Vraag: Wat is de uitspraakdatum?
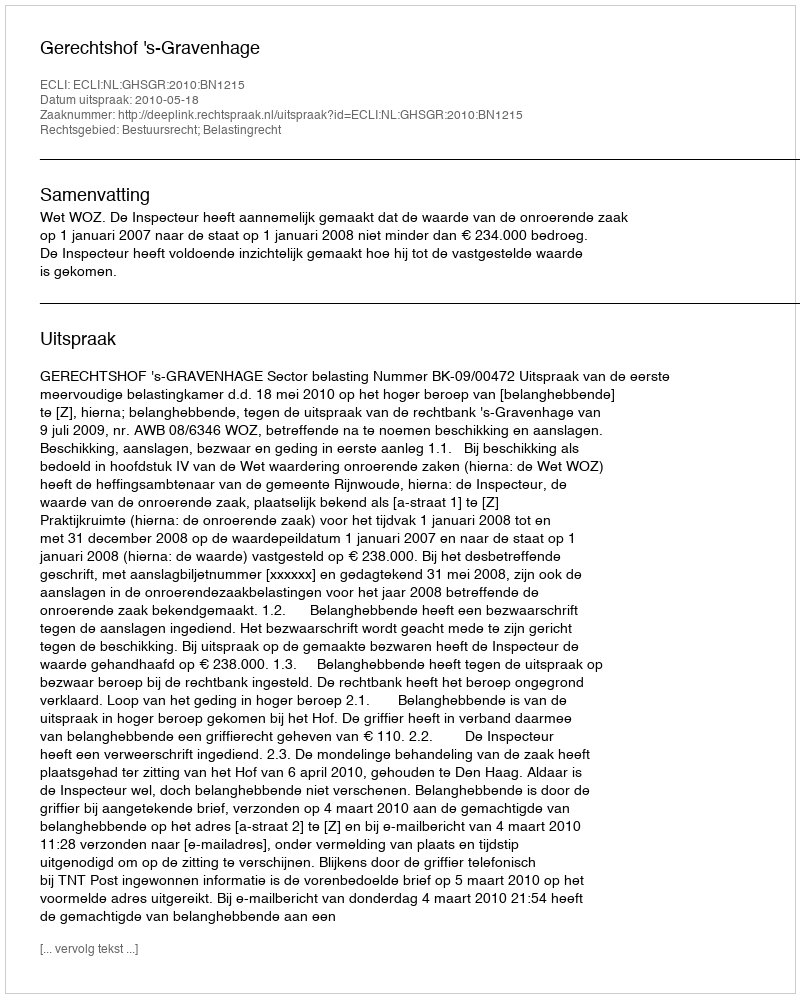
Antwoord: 2010-05-18